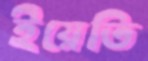
ইয়েতি